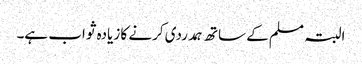
البتہ مسلم کے ساتھ ہمدردی کرنے کا زیادہ ثواب ہے۔